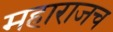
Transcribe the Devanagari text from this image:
महाराजच